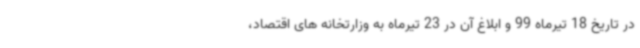
در تاریخ 18 تیرماه 99 و ابلاغ آن در 23 تیرماه به وزارتخانه های اقتصاد،